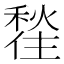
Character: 𪝲